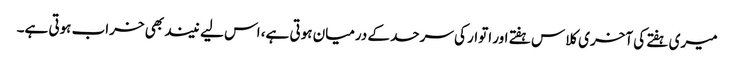
میری ہفتے کی آخری کلاس ہفتے اور اتوار کی سرحد کے درمیان ہوتی ہے، اس لیے نیند بھی خراب ہوتی ہے۔